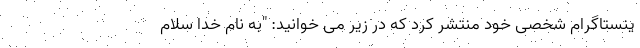
ینستاگرام شخصی خود منتشر کرد که در زیر می خوانید: "به نام خدا سلام